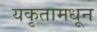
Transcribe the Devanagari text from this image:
यकृतामधून